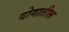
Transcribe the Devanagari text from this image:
योगातील